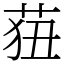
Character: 莥